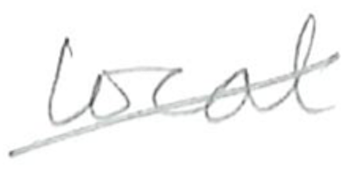
Text: local
Cross-out: diagonal
Writing tool: pencil